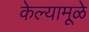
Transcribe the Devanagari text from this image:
केल्यामूळे